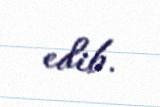
edib.